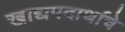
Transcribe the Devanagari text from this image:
खाद्यपदार्थाचे